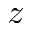
z